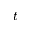
t